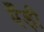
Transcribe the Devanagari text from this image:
एँड़ी